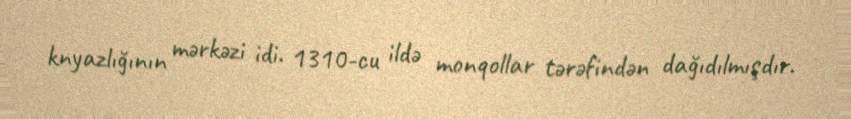
knyazlığının mərkəzi idi. 1310-cu ildə monqollar tərəfindən dağıdılmışdır.